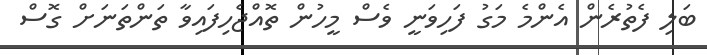
ބަލި ފެތުރެން އެންމެ މަގު ފަހިވަނީ ވެސް މީހުން ތޮއްޖެހިފައިވާ ތަންތަނަށް ގޮސް